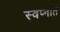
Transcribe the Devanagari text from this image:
स्‍वप्‍नात